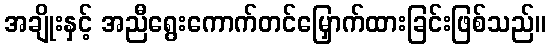
အချိုးနှင့် အညီရွေးကောက်တင်မြှောက်ထားခြင်းဖြစ်သည်။